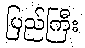
ပြည်ကြီး